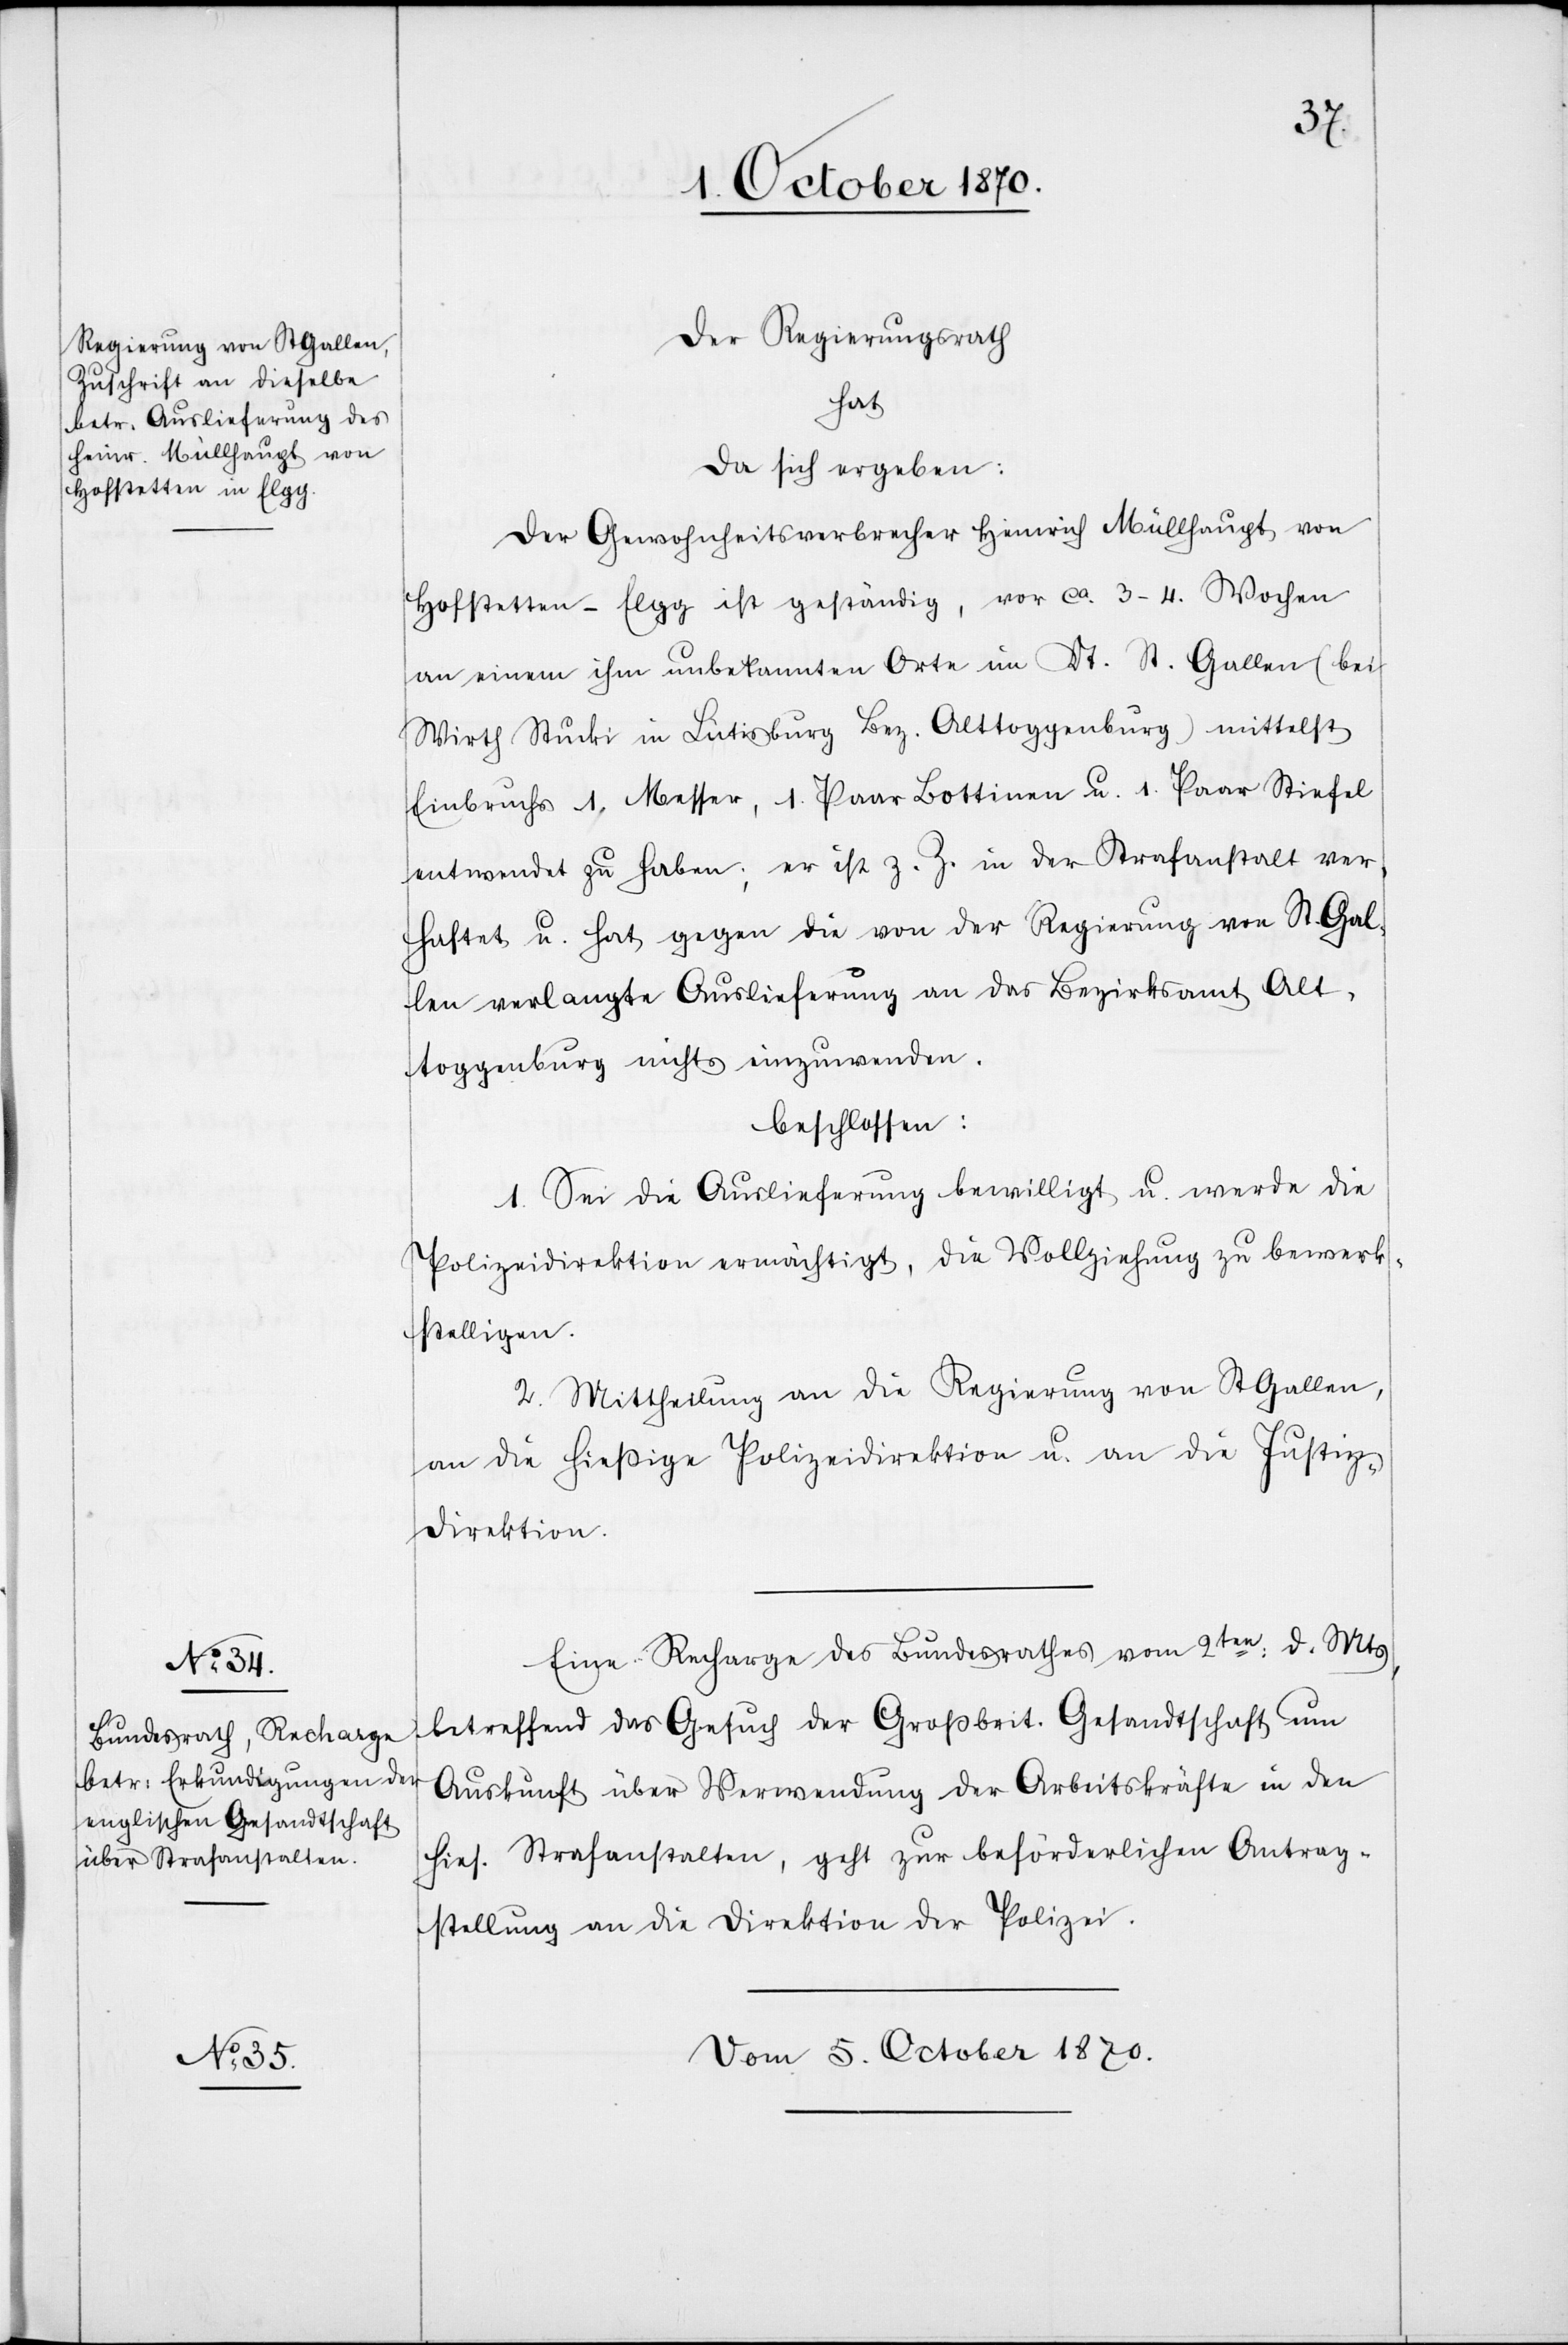
Der Regierungsrath
hat
da sich ergeben:
Der Gewohnheitsverbrecher Heinrich Müllhaupt von
Hofstetten - Elgg ist geständig, vor ca. 3–4. Wochen
an einem ihm unbekannten Orte im Kt. St. Gallen (bei
Wirth Stucki in Lütisburg Bez. Alttoggenburg mittelst
Einbruchs 1 Messer, 1 Paar Lottinen u. 1 Paar Stiefel
entwendet zu haben; er ist z. Z. in der Strafanstalt ver¬
haftet u. hat gegen die von der Regierung von St. Gal¬
len verlangte Auslieferung an das Bezirksamt Alt¬
toggenburg nichts einzuwenden.
beschlossen:
1. Sei die Auslieferung bewilligt u. werde die
Polizeidirektion ermächtigt, die Vollziehung zu bewerk¬
stelligen.
2. Mittheilung an die Regierung von St. Gallen,
an die hiesige Polizeidirektion u. an die Justiz¬
direktion.
Eine Recharge des Bundesrathes vom 2ten: d. Mts,
betreffend das Gesuch der Großbrit. Gesandtschaft um
Auskunft über Verwendung der Arbeitskräfte in den
hies. Strafanstalten, geht zur beförderlichen Antrag¬
stellung an die Direktion der Polizei.
Vom 5. October 1870.